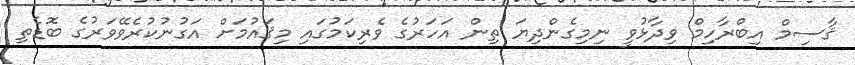
ޤާސިމް އިބްރާހިމް ވިދާޅުވީ ނިމިގެންދިޔަ ތިން އަހަރުގެ ވެރިކަމުގައި މިޤައުމަށް އަގުނުކުރެވޭވަރުގެ ބޮޑެތި